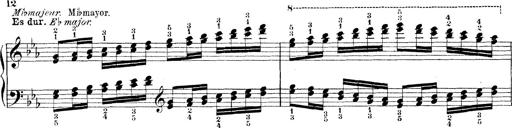
Title: Technische Studien
Composer: Franz Liszt